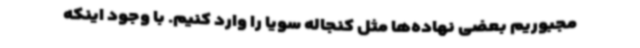
مجبوریم بعضی نهاده‌ها مثل کنجاله سویا را وارد کنیم. با وجود اینکه